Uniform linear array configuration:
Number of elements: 48
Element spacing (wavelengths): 0.5
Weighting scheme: hamming
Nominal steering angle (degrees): -60
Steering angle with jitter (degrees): -60.764
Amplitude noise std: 0.05
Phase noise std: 0.05

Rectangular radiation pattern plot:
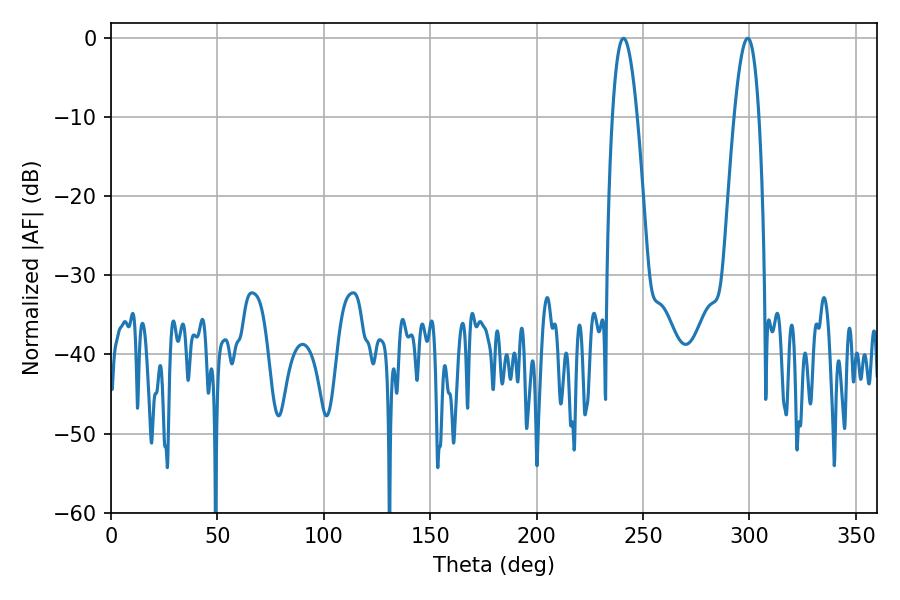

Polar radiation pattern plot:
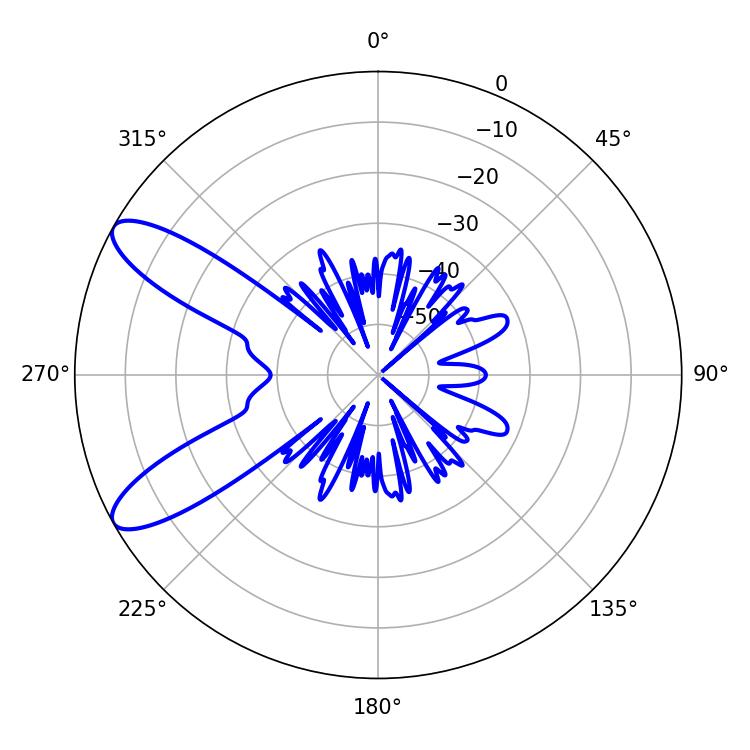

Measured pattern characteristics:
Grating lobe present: FALSE
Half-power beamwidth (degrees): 6.48
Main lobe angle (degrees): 299.16